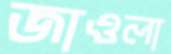
জাওলা